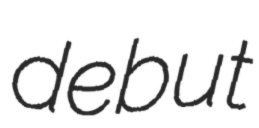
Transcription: debut